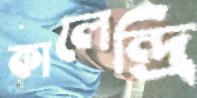
কালেন্দ্রি